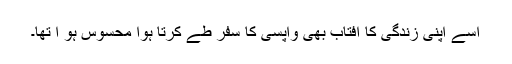
اسے اپنی زندگی کا آفتاب بھی واپسی کا سفر طے کرتا ہوا محسوس ہو ا تھا۔